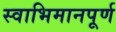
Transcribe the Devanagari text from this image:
स्वाभिमानपूर्ण